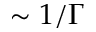
\sim 1 / \Gamma